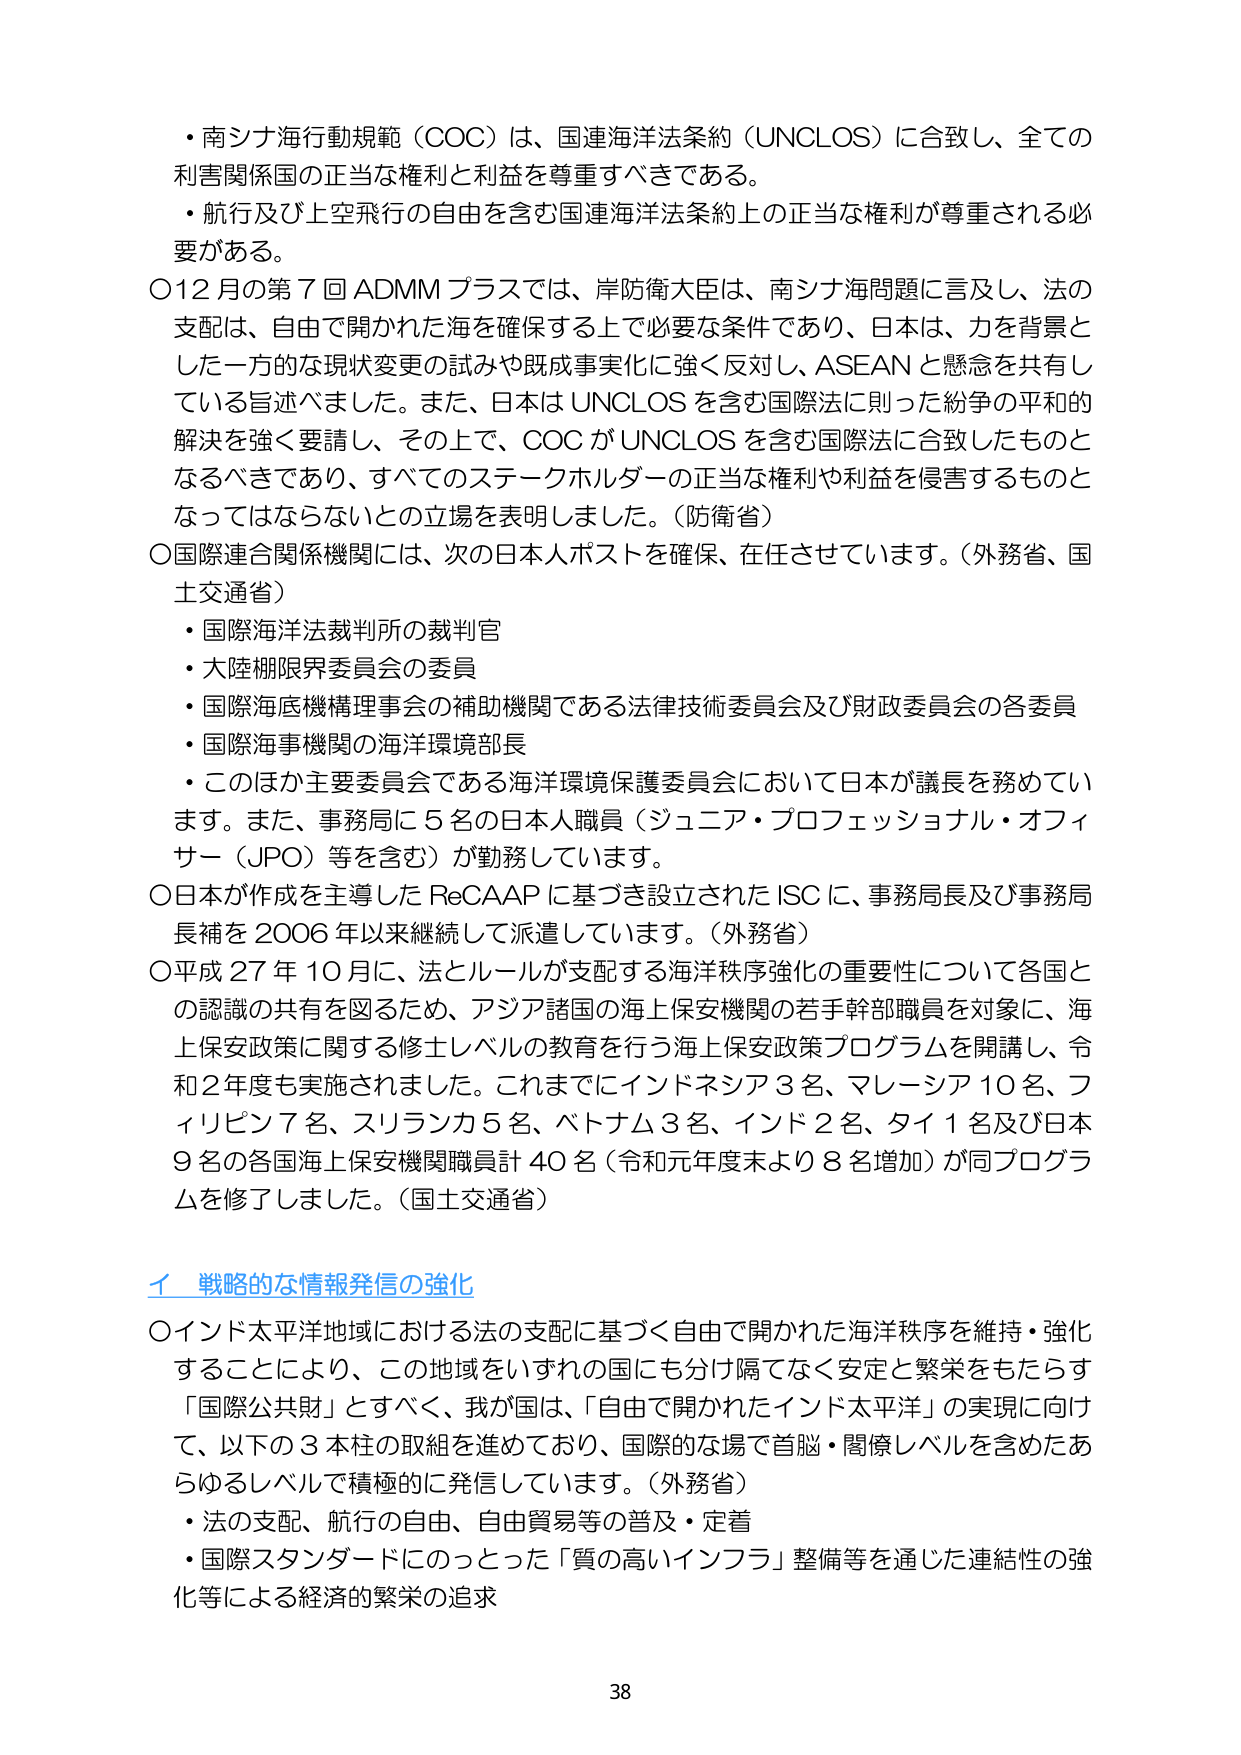
・南シナ海行動規範（COC）は、国連海洋法条約（UNCLOS）に合致し、全ての利害関係国の正当な権利と利益を尊重すべきである。
・航行及び上空飛行の自由を含む国連海洋法条約上の正当な権利が尊重される必要がある。
〇12月の第7回ADMMプラスでは、岸防衛大臣は、南シナ海問題に言及し、法の支配は、自由で開かれた海を確保する上で必要な条件であり、日本は、力を背景とした一方的な現状変更の試みや既成事実化に強く反対し、ASEANと懸念を共有している旨述べました。また、日本はUNCLOSを含む国際法に則った紛争の平和的解決を強く要請し、その上で、COCがUNCLOSを含む国際法に合致したものとなるべきであり、すべてのステークホルダーの正当な権利や利益を侵害するものとなってはならないとの立場を表明しました。（防衛省）
〇国際連合関係機関には、次の日本人ポストを確保、在任させています。（外務省、国土交通省）
・国際海洋法裁判所の裁判官
・大陸棚限界委員会の委員
・国際海底機構理事会の補助機関である法律技術委員会及び財政委員会の各委員
・国際海事機関の海洋環境部長
・このほか主要委員会である海洋環境保護委員会において日本が議長を務めています。また、事務局に5名の日本人職員（ジュニア・プロフェッショナル・オフィサー（JPO）等を含む）が勤務しています。
〇日本が作成を主導したReCAAPに基づき設立されたISCに、事務局長及び事務局長補を2006年以来継続して派遣しています。（外務省）
〇平成27年10月に、法とルールが支配する海洋秩序強化の重要性について各国との認識の共有を図るため、アジア諸国の海上保安機関の若手幹部職員を対象に、海上保安政策に関する修士レベルの教育を行う海上保安政策プログラムを開講し、令和2年度も実施されました。これまでにインドネシア3名、マレーシア10名、フィリピン7名、スリランカ5名、ベトナム3名、インド2名、タイ1名及び日本9名の各国海上保安機関職員計40名（令和元年度末より8名増加）が同プログラムを修了しました。（国土交通省）
イ 戦略的な情報発信の強化
〇インド太平洋地域における法の支配に基づく自由で開かれた海洋秩序を維持・強化することにより、この地域をいずれの国にも分け隔てなく安定と繁栄をもたらす「国際公共財」とすべく、我が国は、「自由で開かれたインド太平洋」の実現に向けて、以下の3本柱の取組を進めており、国際的な場で首脳・閣僚レベルを含めたあらゆるレベルで積極的に発信しています。（外務省）
・法の支配、航行の自由、自由貿易等の普及・定着
・国際スタンダードにのっとった「質の高いインフラ」整備等を通じた連結性の強化等による経済的繁栄の追求
38